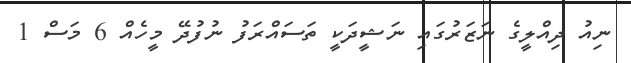
ނިއު ދިއްލީގެ ނަޒަރުގައި ނަޝީދަކީ ތަސައްރަފު ނުފުދޭ މީހެއް 6 މަސް 1